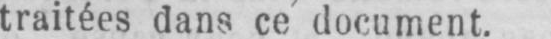
traitées dans ce document.